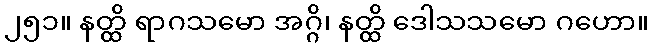
၂၅၁။ နတ္ထိ ရာဂသမော အဂ္ဂိ၊ နတ္ထိ ဒေါသသမော ဂဟော။